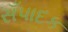
સઁપાદક